Annual report on the working of the lock hospitals in the North-Western Provinces and Oudh
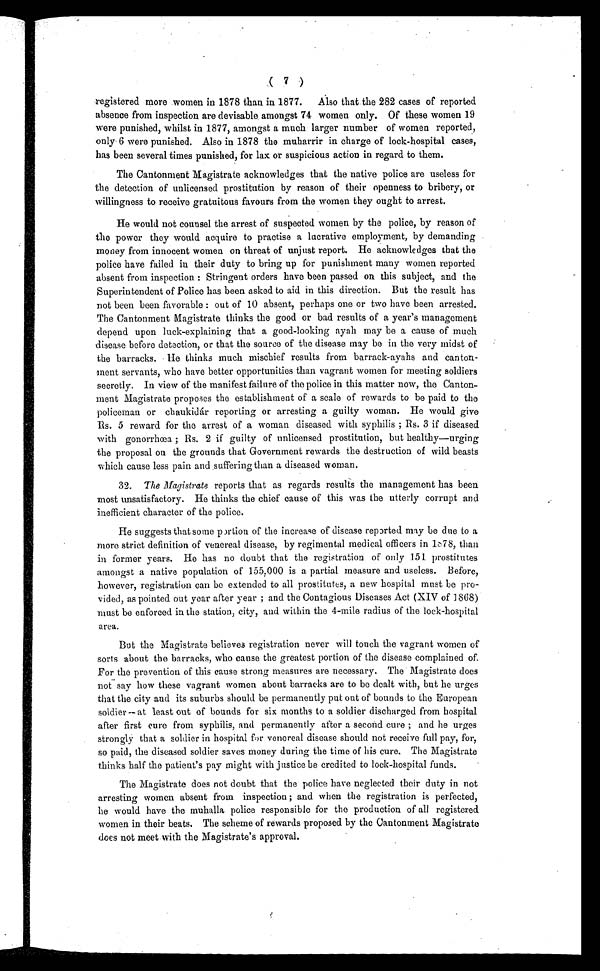
( 7 )
registered more women in 1878 than in 1877. Also that the 282 cases of reported
absence from inspection are devisable . amongst 74 women only. Of these women 19
were punished, whilst in 1877, amongst a much larger number of women reported,
only 6 were punished. Also in 1878 the muharrir in charge of lock-hospital cases,
has been several times punished, for lax or suspicious action in regard to them.
The Cantonment Magistrate acknowledges that the native police are useless for
the detection of unlicensed prostitution by reason of their openness to bribery, or
willingness to receive gratuitous favours from the women they ought to arrest.
He would not counsel the arrest of suspected women by the police, by reason of
the power they would acquire to practise a lucrative employment, by demanding
money from innocent women on threat of unjust report. He acknowledges that the
police have failed in their duty to bring up for punishment many women reported
absent from inspection: Stringent orders have been passed on this subject, and the
Superintendent of Police has been asked to aid in this direction. But the result has
not been been favorable: out of 10 absent, perhaps one or two have been arrested.
The Cantonment Magistrate thinks the good or bad results of a year's management
depend upon luck-explaining that a good-looking ayah may be a cause of much
disease before detection, or that the source of the disease may be in the very midst of
the barracks. He thinks much mischief results from barrack-ayahs and canton-
ment servants, who have better opportunities than vagrant women for meeting soldiers
secretly. In view of the manifest failure of the police in this matter now, the Canton-
ment Magistrate proposes the establishment of a scale of rewards to be paid to the
policeman or chaukidár reporting or arresting a guilty woman. He would give
Rs. 5 reward for the arrest of a woman diseased with syphilis; Rs. 3 if diseased
with gonorrhœa; Rs. 2 if guilty of unlicensed prostitution, but healthy—urging
the proposal on the grounds that Government rewards the destruction of wild beasts
which cause less pain and suffering than a diseased woman.
32. The Magistrate reports that as regards results the management has been
most unsatisfactory. He thinks the chief cause of this was the utterly corrupt and
inefficient character of the police.
He suggests that some portion of the increase of disease reported may be due to a
more strict definition of venereal disease, by regimental medical officers in 1878, than
in former years. He has no doubt that the registration of only 151 prostitutes
amongst a native population of 155,000 is a partial measure and useless. Before,
however, registration can be extended to all prostitutes, a new hospital must be pro-
vided, as pointed out year after year; and the Contagious Diseases Act (XIV of 1868)
must be enforced in the station, city, and within the 4-mile radius of the lock-hospital
area.
But the Magistrate believes registration never will touch the vagrant women of
sorts about the barracks, who cause the greatest portion of the disease complained of
For the prevention of this cause strong measures are necessary. The Magistrate does
not say how these vagrant women about barracks are to be dealt with, but he urges
that the city and its suburbs should be permanently put out of bounds to the European
soldier at least out of bounds for six months to a soldier discharged from hospital
after first cure from syphilis, and permanently after a second cure; and he urges
strongly that a soldier in hospital for venereal disease should not receive full pay, for,
so paid, the diseased soldier saves money during the time of his cure. The Magistrate
thinks half the patient's pay might with justice be credited to lock-hospital funds.
The Magistrate does not doubt that the police have neglected their duty in not
arresting women absent from inspection; and when the registration is perfected,
be would have the muhalla police responsible for the production of all registered
women in their beats. The scheme of rewards proposed by the Cantonment Magistrate
does not meet with the Magistrate's approval.